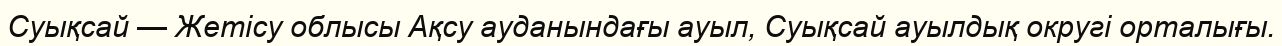
Суықсай — Жетісу облысы Ақсу ауданындағы ауыл, Суықсай ауылдық округі орталығы.